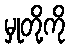
မှုတို့ကို